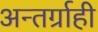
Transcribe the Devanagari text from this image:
अन्तर्ग्राही